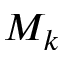
M _ { k }